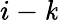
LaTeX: i-\mathit{k}